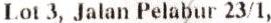
LOT 3, JALAN PELABUR 23/1,